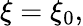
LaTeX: \xi=\xi_{0},